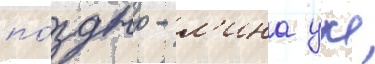
по́здно - л'ина уже